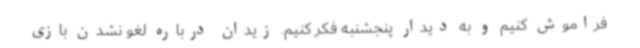
فراموش کنیم و به دیدار پنجشنبه فکر کنیم. زیدان درباره لغو نشدن بازی